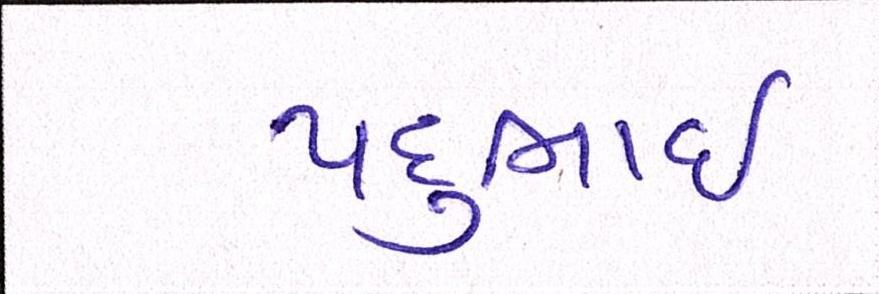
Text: પદુભાઈ